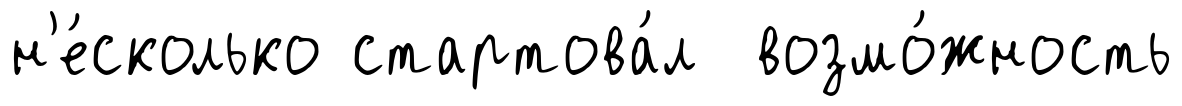
н'е́сколько стартова́л возмо́жность